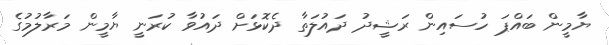
ޔާމީން ބައްޕަ ހުސައިން ރަޝީދު ދައުލަތާ ދެކޮޅަށް ދައުވާ ކުރަނީ ޔާމީން މަރާލުމުގެ